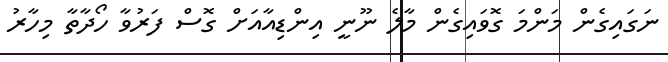
ނަގައިގެން މަންމަ ގޮވައިގެން މާލެ ނޫނީ އިންޑިއާއަށް ގޮސް ފަރުވާ ހޯދާތާ މިހާރު